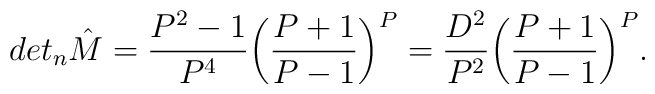
det_n{\hat M}=\frac{P^2-1}{P^4}\bigg(\frac{P+1}{P-1}\bigg)^P=\frac{D^2}{P^2}\bigg(\frac{P+1}{P-1}\bigg)^P.